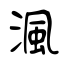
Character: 渢